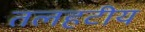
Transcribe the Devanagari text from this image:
तलहटीय